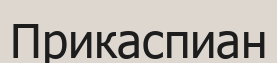
Прикаспиан